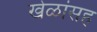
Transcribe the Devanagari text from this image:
खेळांसह